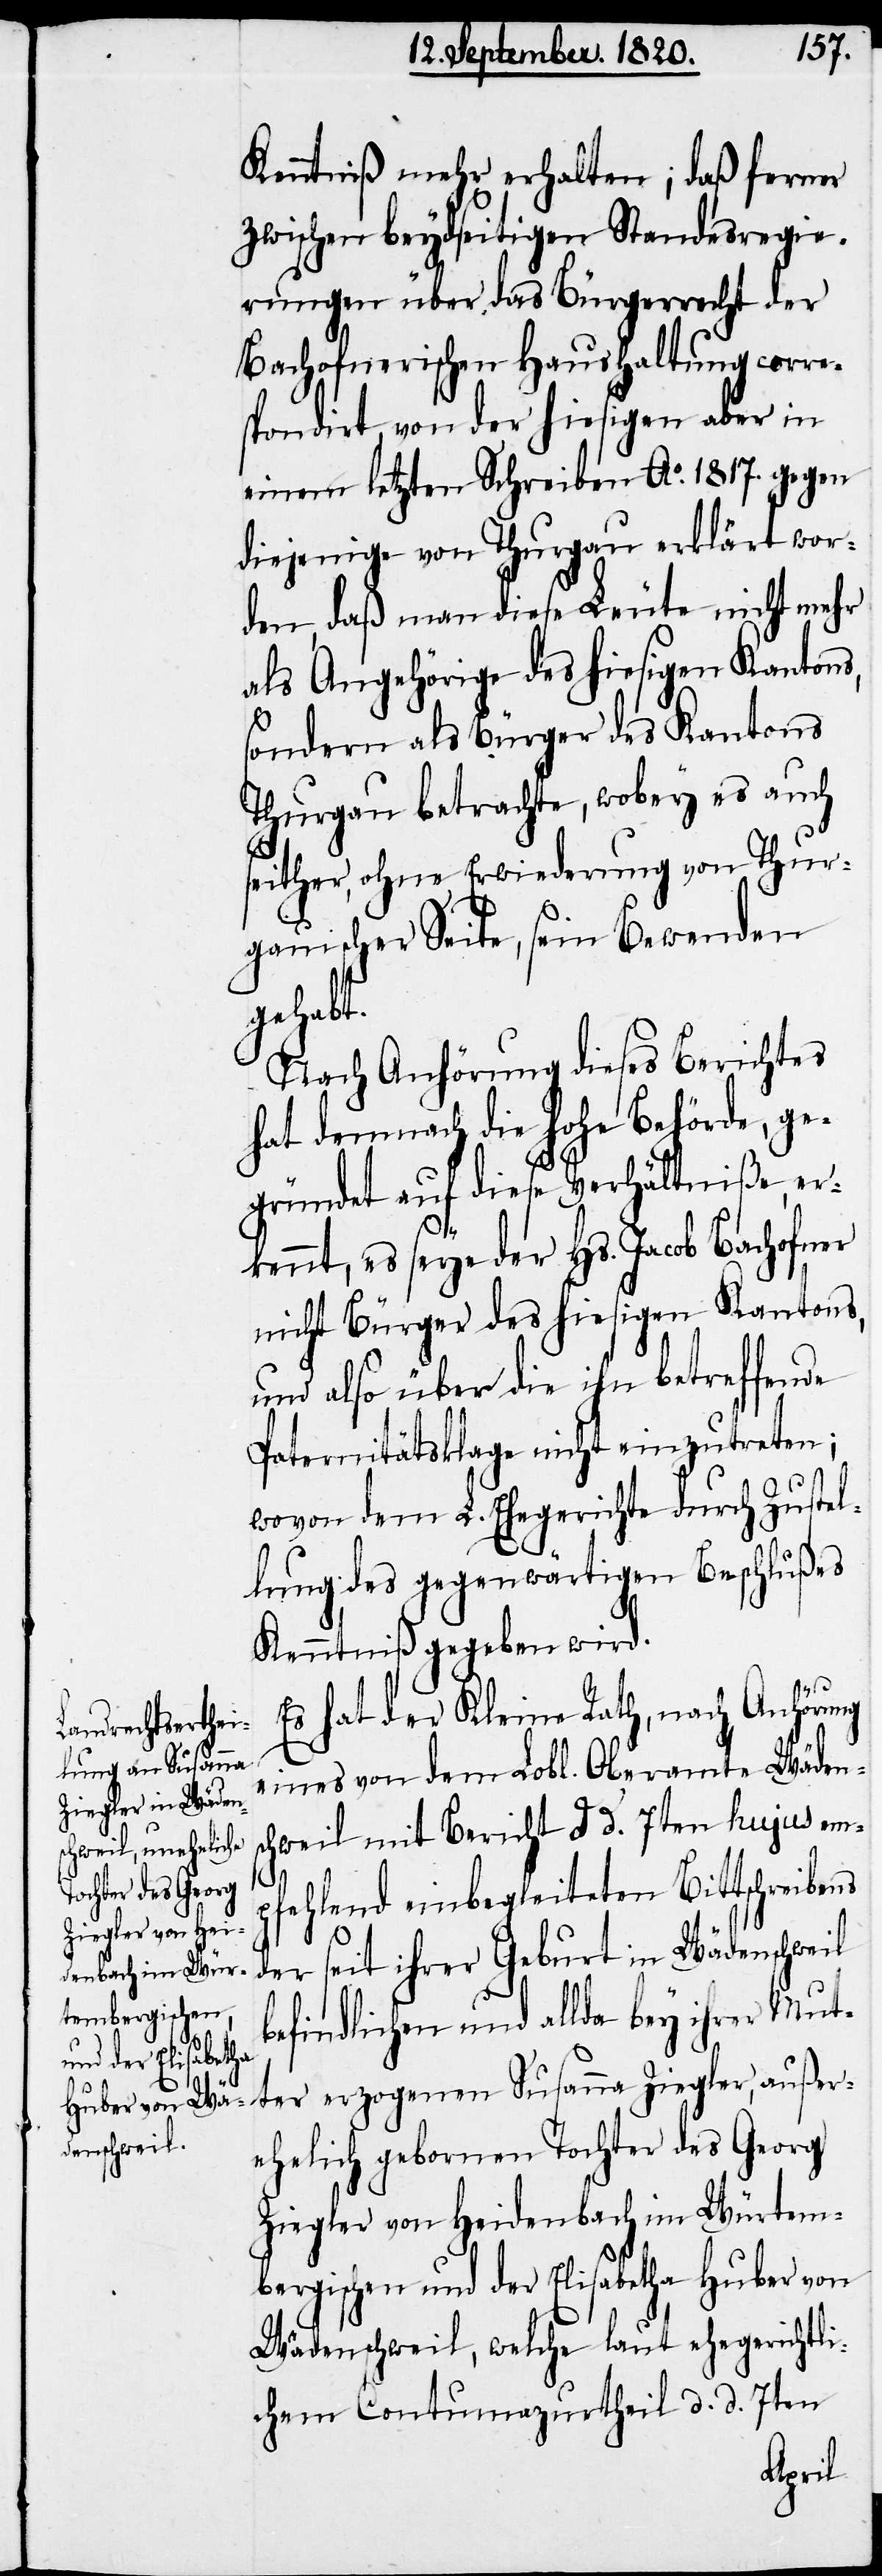
Kenntniß mehr erhalten; daß ferner
zwischen beydseitigen Standesregie¬
rungen über das Bürgerrecht der
Bachofenerischen Haushaltung corre¬
spondirt, von der hiesigen aber in
einem letzten Schreiben Ao. 1817. gegen
diejenige von Thurgau erklärt wor¬
den, daß man diese Leute nicht mehr
als Angehörige des hiesigen Kantons,
sondern als Bürger des Kantons
Thurgau betrachte, wobey es auch
seither, ohne Erwiederung von Thur¬
gauischer Seite, sein Bewenden
gehabt.
Nach Anhörung dieses Berichtes
hat demnach die hohe Behörde, ge¬
gründet auf diese Verhältniße, er¬
kennt, es seye der Hs. Jacob Bachofner
nicht Bürger des hiesigen Kantons,
und also über die ihn betreffende
Paternitätsklage nicht einzutreten;
wovon dem L. Ehegerichte durch Zustel¬
lung des gegenwärtigen Beschlußes
Kenntniß gegeben wird.
Es hat der Kleine Rath, nach Anhörung
eines von dem Lobl. Oberamte Wädens¬
chweil mit Bericht d. d. 7ten hujus em¬
pfehlend einbegleiteten Bittschreibens
der seit ihrer Geburt in Wädenschweil
befindlichen und allda bey ihrer Mut¬
ter erzogenen Susanna Ziegler, außer¬
ehelich gebornen Tochter des Georg
Ziegler von Heidenbach im Würtem¬
bergischen und der Elisabetha Huber von
Wädenschweil, welche laut ehegerichtli¬
chem Contumazurtheil d. d. 7ten